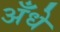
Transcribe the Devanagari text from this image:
अँधे